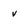
Character: v